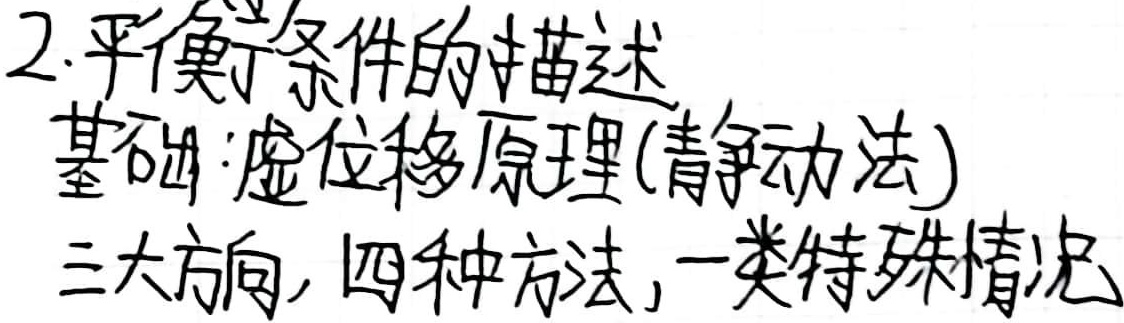
2. 平衡条件的描述基础：虚位移原理(静动法)三大方向，四种方法，一类特殊情况